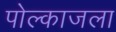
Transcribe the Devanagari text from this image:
पोल्काजला